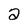
Character: 2